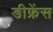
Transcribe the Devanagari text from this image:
डीफ्रेंस